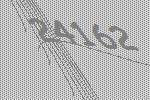
24162